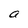
Character: a